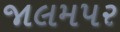
જાલમપર